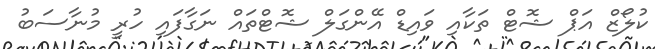
ކުލޯޒް އަޕް ޝޮޓް ތަކާއި ވައިޑް އޭންގަލް ޝޮޓްތައް ނަގާފައި ހުރީ މުނާސަބު